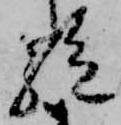
絶